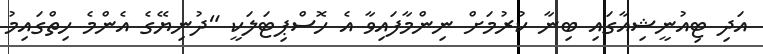
އަދި ޓިއުނީޝިއާގައި ބިނާ ކުރުމަށް ނިންމާފައިވާ އެ ހޮސްޕިޓަލަކީ "ދުނިޔޭގެ އެންމެ ހިތްގައިމު